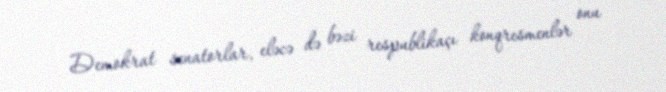
Demokrat senatorlar, eləcə də bəzi respublikaçı konqresmenlər onu